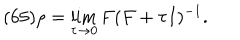
( 6 5 ) \rho = \lim _ { \tau \rightarrow 0 } F ( F + \tau I ) ^ { - 1 } .